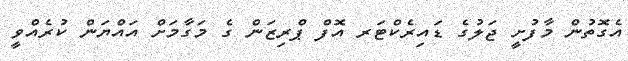
އެގޮތުން މާފުށީ ޖަލުގެ ޑައިރެކްޓަރ އޮފް ޕްރިޒަން ގެ މަގާމަށް އައްޔަން ކުރެއްވީ